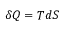
\delta Q = T d S